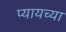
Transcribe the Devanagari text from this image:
प्यायच्या